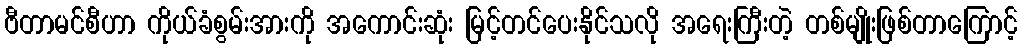
ဗီတာမင်စီဟာ ကိုယ်ခံစွမ်းအားကို အကောင်းဆုံး မြင့်တင်ပေးနိုင်သလို အရေးကြီးတဲ့ တစ်မျိုးဖြစ်တာကြောင့်